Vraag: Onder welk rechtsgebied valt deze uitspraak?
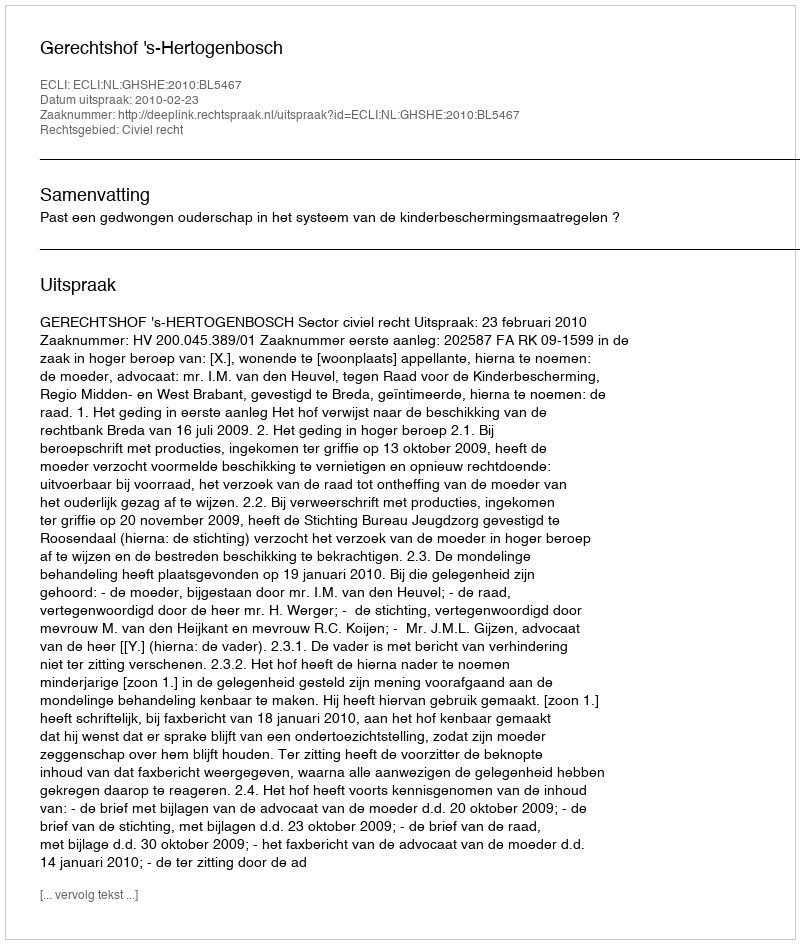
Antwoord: Civiel recht